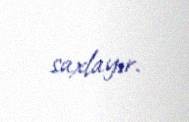
saxlayır.